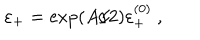
LaTeX: \varepsilon _ { + } = \exp ( A / 2 ) \varepsilon _ { + } ^ { ( 0 ) } ~ ,